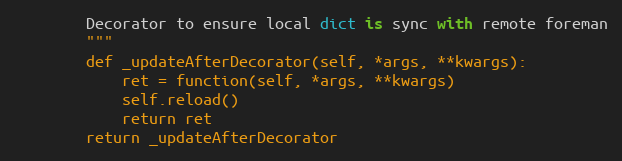
Language: Python
        Decorator to ensure local dict is sync with remote foreman
        """
        def _updateAfterDecorator(self, *args, **kwargs):
            ret = function(self, *args, **kwargs)
            self.reload()
            return ret
        return _updateAfterDecorator